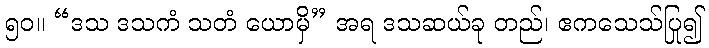
၅၀။ “ဒသ ဒသကံ သတံ ယောမှိ” အရ ဒသဆယ်ခု တည်၊ ဧကသေသ်ပြု၍